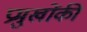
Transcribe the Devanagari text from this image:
प्रमुखोंकी